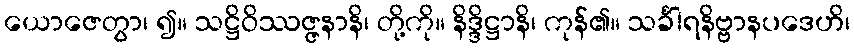
ယောဇေတွာ၊ ၍။ သဋ္ဌိဝိဿဇ္ဇနာနိ၊ တို့ကို။ နိဒ္ဒိဋ္ဌာနိ၊ ကုန်၏။ သင်္ခါရနိဗ္ဗာနပဒေဟိ၊